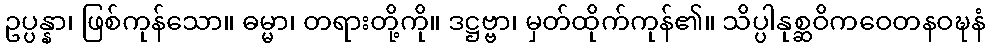
ဥပ္ပန္နာ၊ ဖြစ်ကုန်သော။ ဓမ္မာ၊ တရားတို့ကို။ ဒဋ္ဌဗ္ဗာ၊ မှတ်ထိုက်ကုန်၏။ သိပ္ပါနုစ္ဆဝိကဝေတနဝဍ္ဎနံ